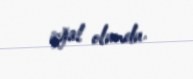
işğal olundu.